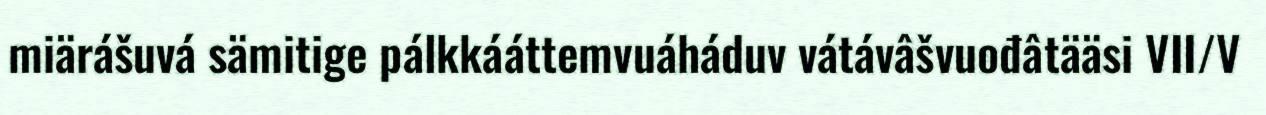
miärášuvá sämitige pálkkááttemvuáháduv vátávâšvuođâtääsi VII/V